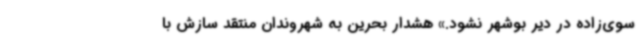
سوی‌زاده در دیر بوشهر نشود.» هشدار بحرین به شهروندان منتقد سازش با